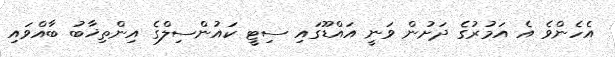
އެހެންވެ އެ އަމުރުގެ ދަށުން ވަނީ އައްޑޫގައި ސިޓީ ކައުންސިލްގެ އިންތިޚާބު ބާއްވައި